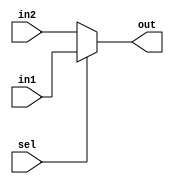
module MUX_16bit(
    input  [15:0] in1,
    input [15:0]  in2,
    input         sel,
    output      [15:0] out
);

assign out = (sel) ? in1 : in2;

endmodule